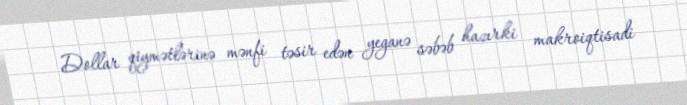
Dollar qiymətlərinə mənfi təsir edən yeganə səbəb hazırki makroiqtisadi